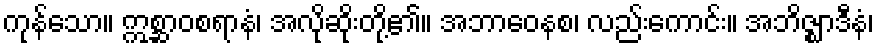
ကုန်သော။ ဣစ္ဆာဝစရာနံ၊ အလိုဆိုးတို့၏။ အဘာဝေနစ၊ လည်းကောင်း။ အဘိဇ္ဈာဒီနံ၊